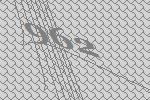
962